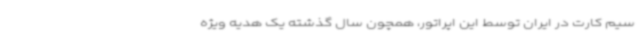
سیم کارت در ایران توسط این اپراتور، همچون سال گذشته یک هدیه ویژه